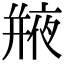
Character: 𢆣